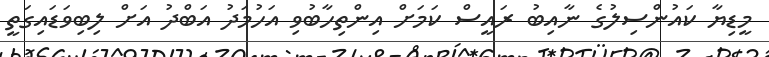
މީޑިޔާ ކައުންސިލުގެ ނާއިބު ރައީސް ކަމަށް އިންތިހާބުވި އަހުމަދު އަބްދު އަށް ލިބިވަޑައިގަތީ